Lunatic asylums Burma 1907-21 - 1907-1921
Year: 1907
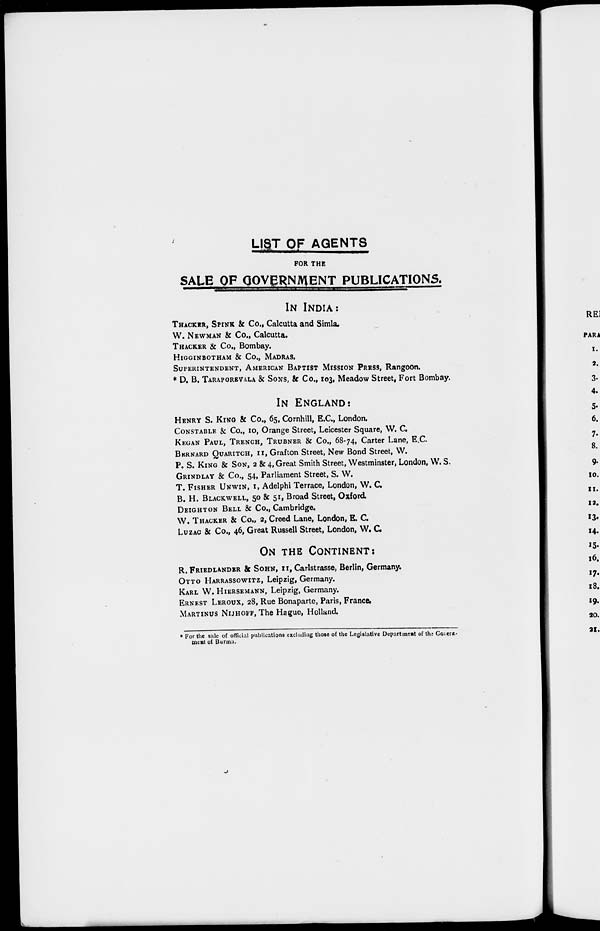
LIST OF AGENTS
FOR THE
SALE OF GOVERNMENT PUBLICATIONS.
IN INDIA:
THACKER, SPINK & Co., Calcutta and Simla.
W. NEWMAN & Co., Calcutta.
THACKER & Co., Bombay.
HIGGINBOTHAM & Co., MADRAS.
SUPERINTENDENT, AMERICAN BAPTIST MISSION PRESS, Rangoon.
* D. B. TARAPOREVALA & SONS, & Co., 103, Meadow Street, Fort Bombay.
IN ENGLAND:
HENRY S. KING & Co., 65, Cornhill, E.C., London.
CONSTABLE & Co., 10, Orange Street, Leicester Square, W. C.
KEGAN PAUL, TRENCH, TRUBNER & Co., 68-74, Carter Lane, E.C.
BERNARD QUARITCH, 11, Grafton Street, New Bond Street, W.
P. S. KING & SON, 2 & 4, Great Smith Street, Westminster, London, W. S.
GRINDLAY & Co., 54, Parliament Street, S. W.
T. FISHER UNWIN, 1, Adelphi Terrace, London, W. C.
B. H. BLACKWELL, 50 & 51, Broad Street, Oxford.
DEIGHTON BELL & Co., Cambridge.
W. THACKER & Co., 2, Creed Lane, London, E. C.
LUZAC & Co., 46, Great Russell Street, London, W. C.
ON THE CONTINENT:
R. FRIEDLANDER & SOHN, 11, Carlstrasse, Berlin, Germany.
OTTO HARRASSOWITZ, Leipzig, Germany.
KARL W. HIERSEMANN, Leipzig, Germany.
ERNEST LEROUX, 28, Rue Bonaparte, Paris, France.
MARTINUS NIJHOFF, The Hague, Holland.
* For the sale of official publications excluding those of the Legislative Department of the Govern-
ment of Burma.